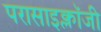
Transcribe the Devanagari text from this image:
परासाइक्लॉजी